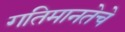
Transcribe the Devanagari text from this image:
गतिमानतेचे